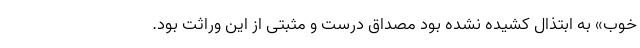
خوب» به ابتذال کشیده نشده بود مصداق درست و مثبتی از این وراثت بود.